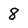
Character: 8